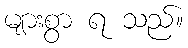
များစွာ ရ သည်။